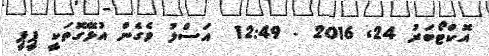
އޮކްޓޯބަރު 24